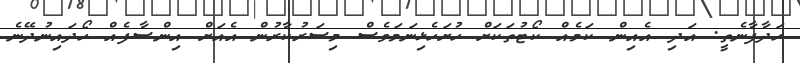
ހަދާފާނެތީ. އަދި އެއިން ކަމެއް ކޯޓުތަކަށް ހުށަހެޅިނަމަވެސް މިސަރުކާރުން އެއަށް އިންސާފެއް ހޯދައިނުދޭނެ